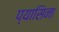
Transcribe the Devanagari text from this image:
प्यासिना